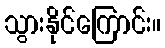
သွားနိုင်ကြောင်း။